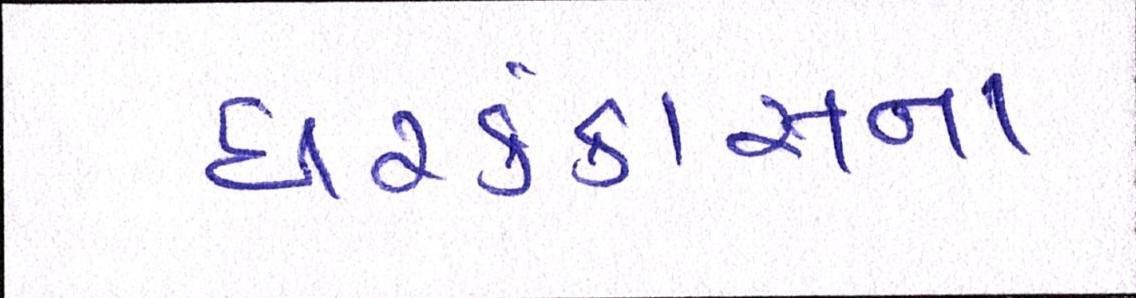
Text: ઘરકંકાસના